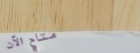
متاح الآن